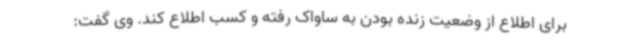
برای اطلاع از وضعیت زنده بودن به ساواک رفته و کسب اطلاع کند. وی گفت: